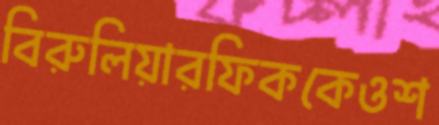
বিরুলিয়ারফিককেওশ